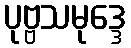
ပုဗ္ဗသမုဒ္ဒေ